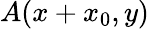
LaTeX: A(x+x_{0},y)